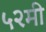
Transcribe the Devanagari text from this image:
५२मी